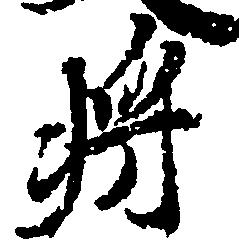
将